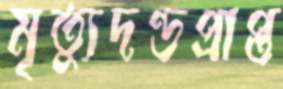
মৃত্যুদণ্ডপ্রাপ্ত